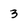
Character: 3